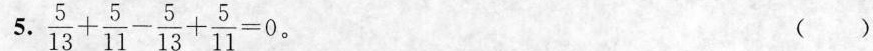
5. $$\frac { 5 } { 1 3 } + \frac { 5 } { 1 1 } - \frac { 5 } { 1 3 } + \frac { 5 } { 1 1 } = 0$$ 。 ( )